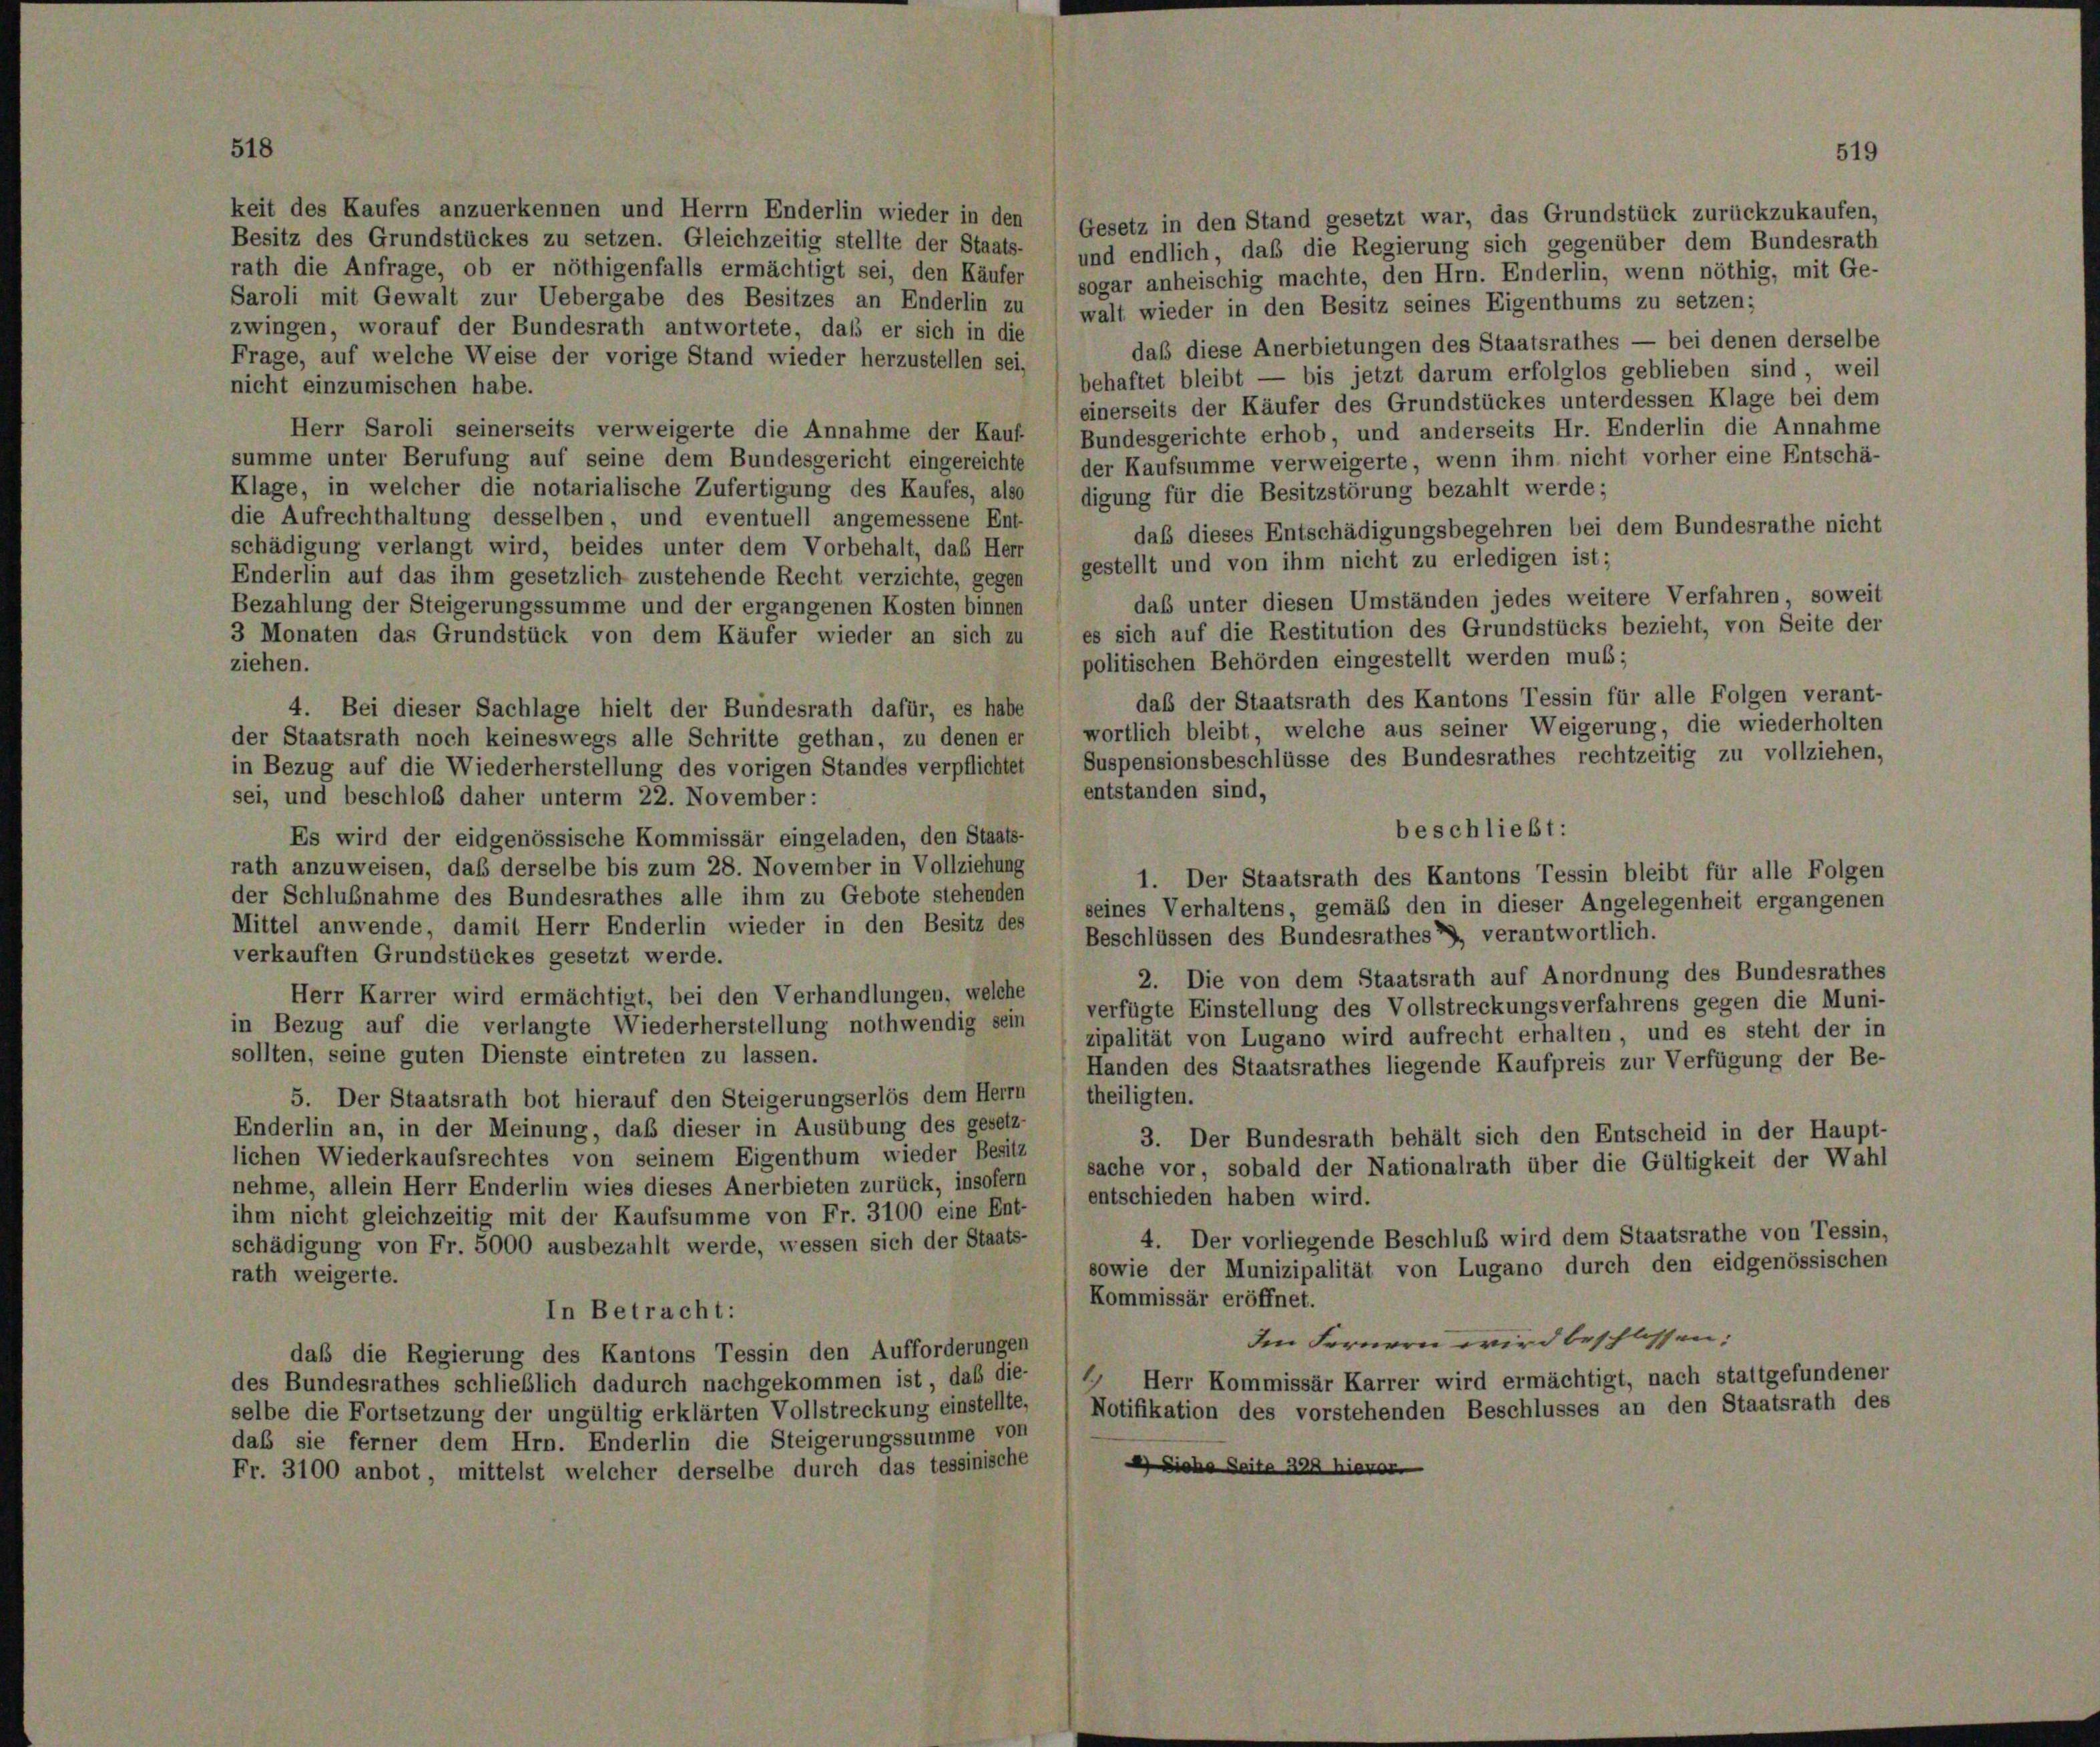
der in den (Gesetz in den Stand gesetzt war, das Grundstück zu
Besitz des Grundstückes zu setzen. Gleichzeitig stellte der Staats- und endlich, daß die Regierung sich gegenüber dem Bundesrath
rath die Anfrage, ob er nöthigenfalls ermächtigt sei, den Käufer sogar anheischig machte, den Hrn. Enderlin, wenn nöthig, mit Ge-
Saroli mit Gewalt zur Uebergabe des Besitzes an Enderlin zu ( walt wieder in den Besitz seines Eigenthums zu setzen;
zwingen, worauf der Bundesrath antwortete, daß er sich in die
daß diese Anerbietungen des Staatsrathes — bei denen derselbe
Frage, auf welche Weise der vorige Stand wieder herzustellen sei,
behaftet bleibt — bis jetzt darum erfolglos geblieben sind, weil
nicht einzumischen habe.
einerseits der Käufer des Grundstückes unterdessen Klage bei dem
Herr Saroli seinerseits verweigerte die Annahme der Kauf Bundesgerichte erhob, und anderseits Hr. Enderlin die Annahme
summe unter Berufung auf seine dem Bundesgericht eingereichte der Kaufsumme verweigerte, wenn ihm nicht vorher eine Entschä-
Klage, in welcher die notarialische Zufertigung des Kaufes, also digung für die Besitzstörung bezahlt werde;
die Aufrechthaltung desselben, und eventuell angemessene Ent-
daß dieses Entschädigungsbegehren bei dem Bundesrathe nicht
schädigung verlangt wird, beides unter dem Vorbehalt, das Herr
Enderlin auf das ihm gesetzlich zustehende Recht verzichte, gegen) gestellt und von ihm nicht zu erledigen ist;
das unter diesen Umständen jedes weitere Verfahren, soweit
Bezahlung der Steigerungssumme und der ergangenen Kosten binnen
3 Monaten das Grundstück von dem Käufer wieder an sich zu es sich auf die Restitution des Grundstücks bezieht, von Seite der
politischen Behörden eingestellt werden muß;
ziehen.
daß der Staatsrath des Kantons Tessin für alle Folgen verant-
4. Bei dieser Sachlage hielt der Bundesrath dafür, es habe
der Staatsrath noch keineswegs alle Schritte gethan, zu denen er, wortlich bleibt, welche aus seiner Weigerung, die wiederholten
in Bezug auf die Wiederherstellung des vorigen Standes verpflichtet Suspensionsbeschlüsse des Bundesrathes rechtzeitig zu vollziehen,
entstanden sind,
sei, und beschloß daher unterm 22. November:
beschließt:
Es wird der eidgenössische Kommissär eingeladen, den Staats-
rath anzuweisen, daß derselbe bis zum 28. November in Vollziehung
1. Der Staatsrath des Kantons Tessin bleibt für alle Folgen
der Schlußnahme des Bundesrathes alle ihm zu Gebote stehenden seines Verhaltens, gemäß den in dieser Angelegenheit ergangenen
Mittel anwende, damit Herr Enderlin wieder in den Besitz des
Beschlüssen des Bundesrathes, verantwortlich.
verkauften Grundstückes gesetzt werde.
2. Die von dem Staatsrath auf Anordnung des Bundesrathes
Herr Karrer wird ermächtigt, bei den Verhandlungen, welche
in Bezug auf die verlangte Wiederherstellung nothwendig sein verfügte Einstellung des Vollstreckungsverfahrens gegen die Muni-
zipalität von Lugano wird aufrecht erhalten, und es steht der in
sollten, seine guten Dienste eintreten zu lassen.
Handen des Staatsrathes liegende Kaufpreis zur Verfügung der Be-
theiligten.
5. Der Staatsrath bot hierauf den Steigerungserlös dem Herrn
Enderlin an, in der Meinung, daß dieser in Ausübung des gesetz-
3. Der Bundesrath behält sich den Entscheid in der Haupt-
lichen Wiederkaufsrechtes von seinem Eigenthum wieder Besitz
nehme, allein Herr Enderlin wies dieses Anerbieten zurück, insofern sache vor, sobald der Nationalrath über die Gültigkeit der Wahl
entschieden haben wird.
ihm nicht gleichzeitig mit der Kaufsumme von Fr. 3100 eine Ent-
4. Der vorliegende Beschluß wird dem Staatsrathe von Tessin,
schädigung von Fr. 5000 ausbezahlt werde, wessen sich der Staats-
sowie der Munizipalität von Lugano durch den eidgenössischen
rath weigerte.
Kommissär eröffnet.
In Betracht:
Im Fernern wird beschlossen:
daß die Regierung des Kantons Tessin den Aufforderungen
1
Herr Kommissär Karrer wird ermächtigt, nach stattgefundener
des Bundesrathes schließlich dadurch nachgekommen ist, daß die-
Notifikation des vorstehenden Beschlusses an den Staatsrath des
selbe die Fortsetzung der ungültig erklärten Vollstreckung einstellte,
das sie ferner dem Hrn. Enderlin die Steigerungssumme von
eiche Seite der hier
Fr. 3100 anbot, mittelst welcher derselbe durch das tessinische

kaufen,